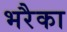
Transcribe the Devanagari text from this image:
भरैका